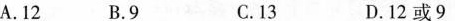
A.12 B.9 C.13 D.12或9